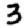
Digit: 3